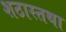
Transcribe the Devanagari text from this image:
शठास्तथा